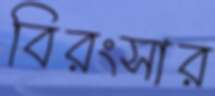
বিরংসার